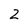
Character: 2